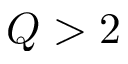
Q > 2